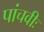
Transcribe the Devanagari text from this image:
पांचवीः